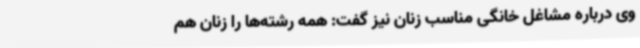
وی درباره مشاغل خانگی مناسب زنان نیز گفت: همه رشته‌ها را زنان هم